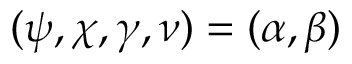
\c ( \psi , \chi , \gamma , \nu ) = ( \alpha , \beta )